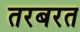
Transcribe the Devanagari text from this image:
तरबरत